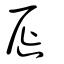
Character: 屣